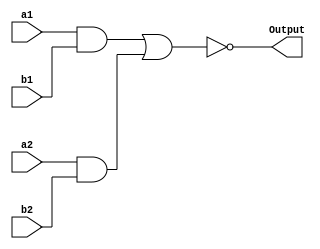
module circ(input wire a1,a2, b1,b2, output wire Output);
	assign Output = ~((a1&b1)|| (a2&b2));
endmodule